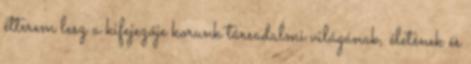
étterem lesz a kifejezője korunk társadalmi világának, életének és